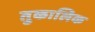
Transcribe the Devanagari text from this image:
तुकालिक